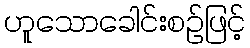
ဟူသောခေါင်းစဉ်ဖြင့်